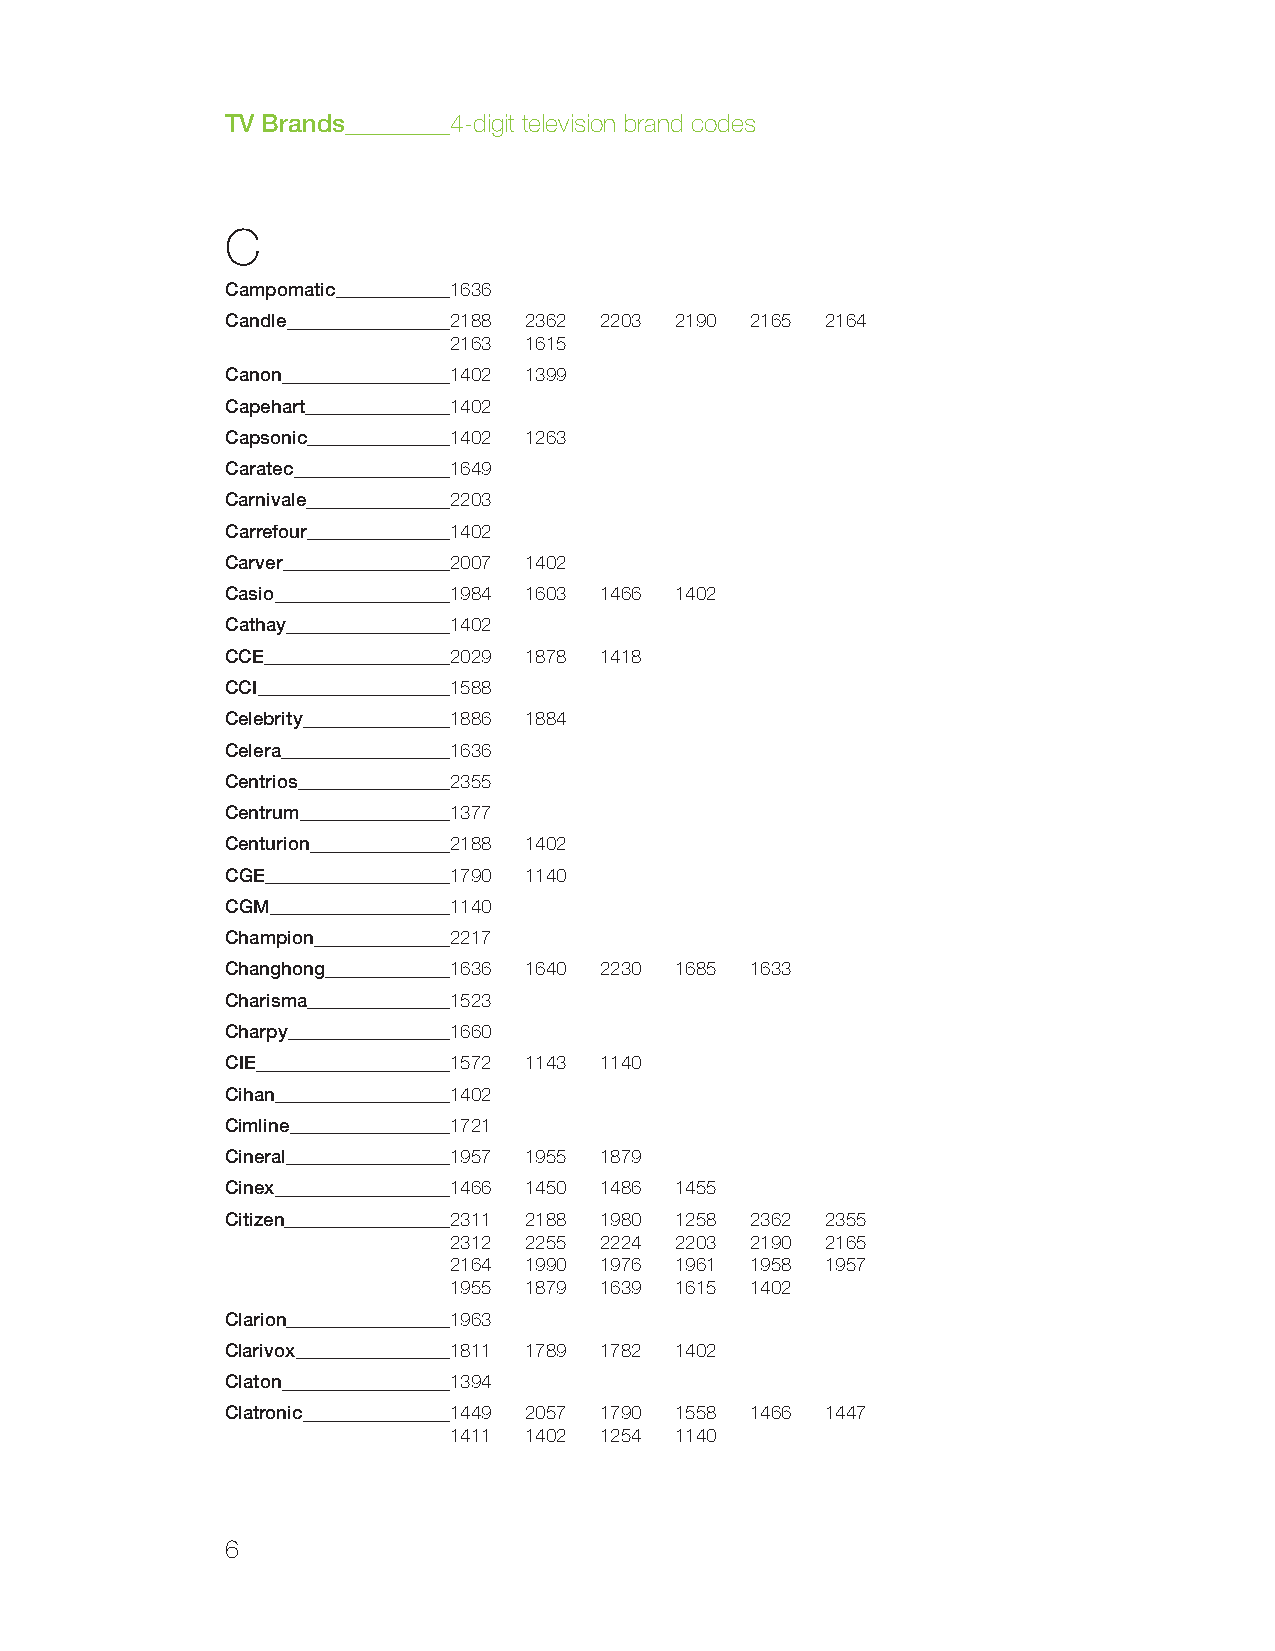
TV Brands      4-digit television brand codes
 C
 Campomatic     1636
 Candle         2188 2362 2203 2190 2165 2164
 2163 1615
 Canon          1402 1399
 Capehart       1402
 Capsonic       1402 1263
 Caratec        1649
 Carnivale      2203
 Carrefour      1402
 Carver         2007 1402
 Casio          1984 1603 1466 1402
 Cathay         1402
 CCE            2029 1878 1418
 CCI            1588
 Celebrity      1886 1884
 Celera         1636
 Centrios       2355
 Centrum        1377
 Centurion      2188 1402
 CGE            1790 1140
 CGM            1140
 Champion       2217
 Changhong      1636 1640 2230 1685 1633
 Charisma       1523
 Charpy         1660
 CIE            1572 1143 1140
 Cihan          1402
 Cimline        1721
 Cineral        1957 1955 1879
 Cinex          1466 1450 1486 1455
 Citizen        2311 2188 1980 1258 2362 2355
 2312 2255 2224 2203 2190 2165
 2164 1990 1976 1961 1958 1957
 1955 1879 1639 1615 1402
 Clarion        1963
 Clarivox       1811 1789 1782 1402
 Claton         1394
 Clatronic      1449 2057 1790 1558 1466 1447
 1411 1402 1254 1140
 6